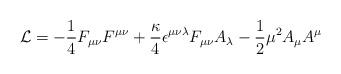
LaTeX: \begin{align*}{\cal L} = -{1\over 4} F_{\mu\nu} F^{\mu\nu}+ {\kappa\over 4} \epsilon^{\mu\nu\lambda} F_{\mu\nu} A_\lambda-{1\over2} \mu^2 A_\mu A^\mu\end{align*}